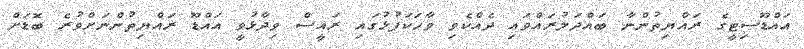
އައްޑޫސިޓީގެ ރައްޔިތުންނާ ބައްދަލުރައްވައި ދެއްކެވި ވާހަކަފުޅުގައި ރައީސް ވިދާޅުވީ އައްޑޫ ރައްޔިތުންނަށްވުރެ ބޮޑަށް